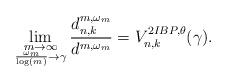
LaTeX: \begin{align*} \lim_{\substack{m\to\infty \\ \frac{\omega_{m}}{\log(m)} \to \gamma}} \frac{d_{n,k}^{m,\omega_{m}}}{d^{m,\omega_{m}}} = V^{2IBP,\theta}_{n,k} ( \gamma ).\end{align*}